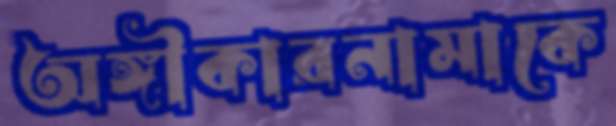
অঙ্গীকারনামাকে